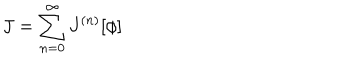
J = \sum _ { n = 0 } ^ { \infty } J ^ { ( n ) } [ \phi ]